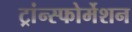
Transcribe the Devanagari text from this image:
ट्रांन्स्फोर्मेशन